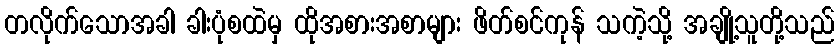
တလိုက်သောအခါ ခါးပုံစထဲမှ ထိုအစားအစာများ ဖိတ်စင်ကုန် သကဲ့သို့ အချို့သူတို့သည်